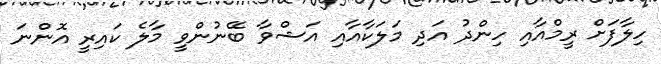
ހިލާފަށް ރީމްއާއި ހިންދު އަދި މަލަކާއާއި އަޝްވާ ބޭނުންވީ މާލެ ކައިރީ އޮންނަ